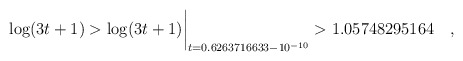
\begin{align*}\log(3t+1) > \log(3t+1)\biggr\rvert_{t=0.6263716633 - 10^{-10}} > 1.05748295164 \quad ,\end{align*}